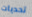
تحديات